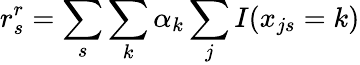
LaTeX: r_{s}^{r}=\sum_{s}\sum_{k}\alpha_{k}\sum_{j}I(x_{js}=k)